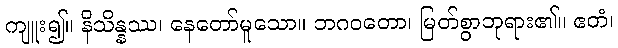
ကျူး၍။ နိသိန္နဿ၊ နေတော်မူသော။ ဘဂဝတော၊ မြတ်စွာဘုရား၏။ ဧတံ၊